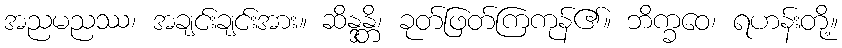
အညမညဿ၊ အချင်းချင်းအား။ ဆိန္ဒန္တိ၊ ခုတ်ဖြတ်ကြကုန်၏။ ဘိက္ခဝေ၊ ရဟန်းတို့။